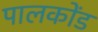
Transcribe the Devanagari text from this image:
पालकोंड